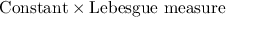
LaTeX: { \mathrm { C o n s t a n t } } \times { \mathrm { L e b e s g u e ~ m e a s u r e } }